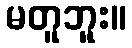
မတူဘူး။